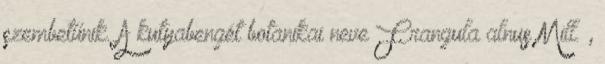
szembetűnik. A kutyabengét botanikai neve Frangula alnus Mill. ,